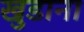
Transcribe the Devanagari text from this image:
खुडाना